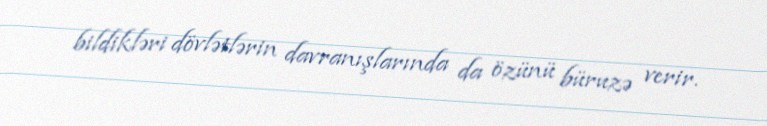
bildikləri dövlətlərin davranışlarında da özünü büruzə verir.